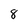
Character: 8